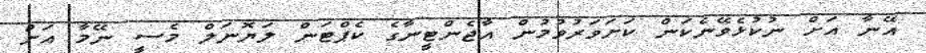
އޭނާ އަށް ނުކުޅެވޭނެކަން ކަށަވަރުވުމުން އާޖެންޓީނާގެ ކެޕްޓަން ލަޔޮނަލް މެސީ ނޭމާ އަށް